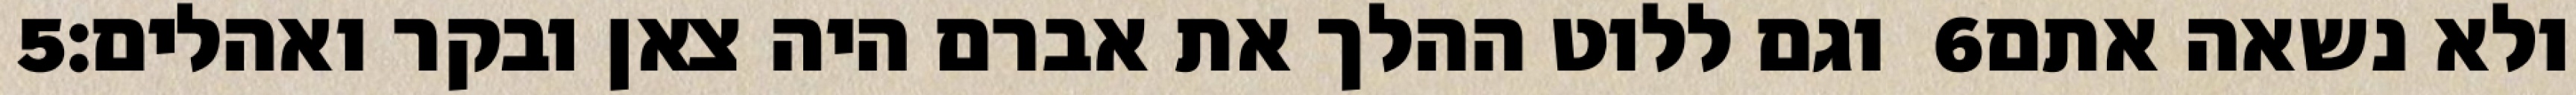
‎5‏ וגם ללוט ההלך את אברם היה צאן ובקר ואהלים׃ ‎6‏ ולא נשאה אתם